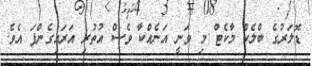
ޑޮލަރުގެ ބްލެކް މާކެޓް މި ވަނީ އަނެއްކާ ވެސް އުތުރި އަރައިގެންފަ އެވެ.